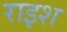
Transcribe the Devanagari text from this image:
राइश